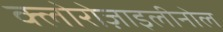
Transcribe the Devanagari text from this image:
क्लोरोज़ाइलीनोल